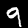
Digit: 9